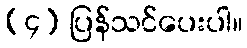
(၄) ပြန်သင်ပေးပါ။